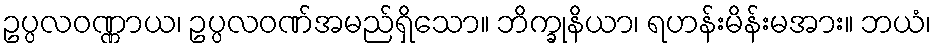
ဥပ္ပလဝဏ္ဏာယ၊ ဥပ္ပလဝဏ်အမည်ရှိသော။ ဘိက္ခုနိယာ၊ ရဟန်းမိန်းမအား။ ဘယံ၊